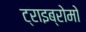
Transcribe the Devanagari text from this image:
ट्राइब्रोमो